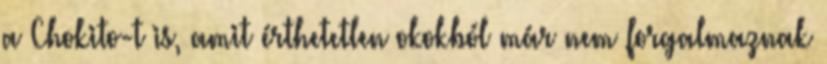
a Chokito-t is, amit érthetetlen okokból már nem forgalmaznak